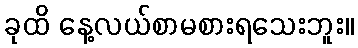
ခုထိ နေ့လယ်စာမစားရသေးဘူး။